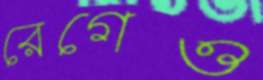
রেগেও